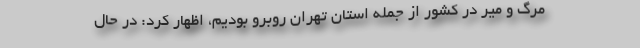
مرگ و میر در کشور از جمله استان تهران روبرو بودیم، اظهار کرد: در حال